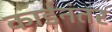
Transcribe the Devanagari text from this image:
कार्डनंतर